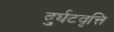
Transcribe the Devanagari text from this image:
दुर्घटवृत्ति